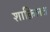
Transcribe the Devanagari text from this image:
शाक़िलत